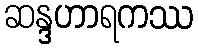
ဆန္ဒဟာရကဿ